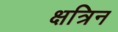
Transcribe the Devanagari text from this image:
क्षत्रिन